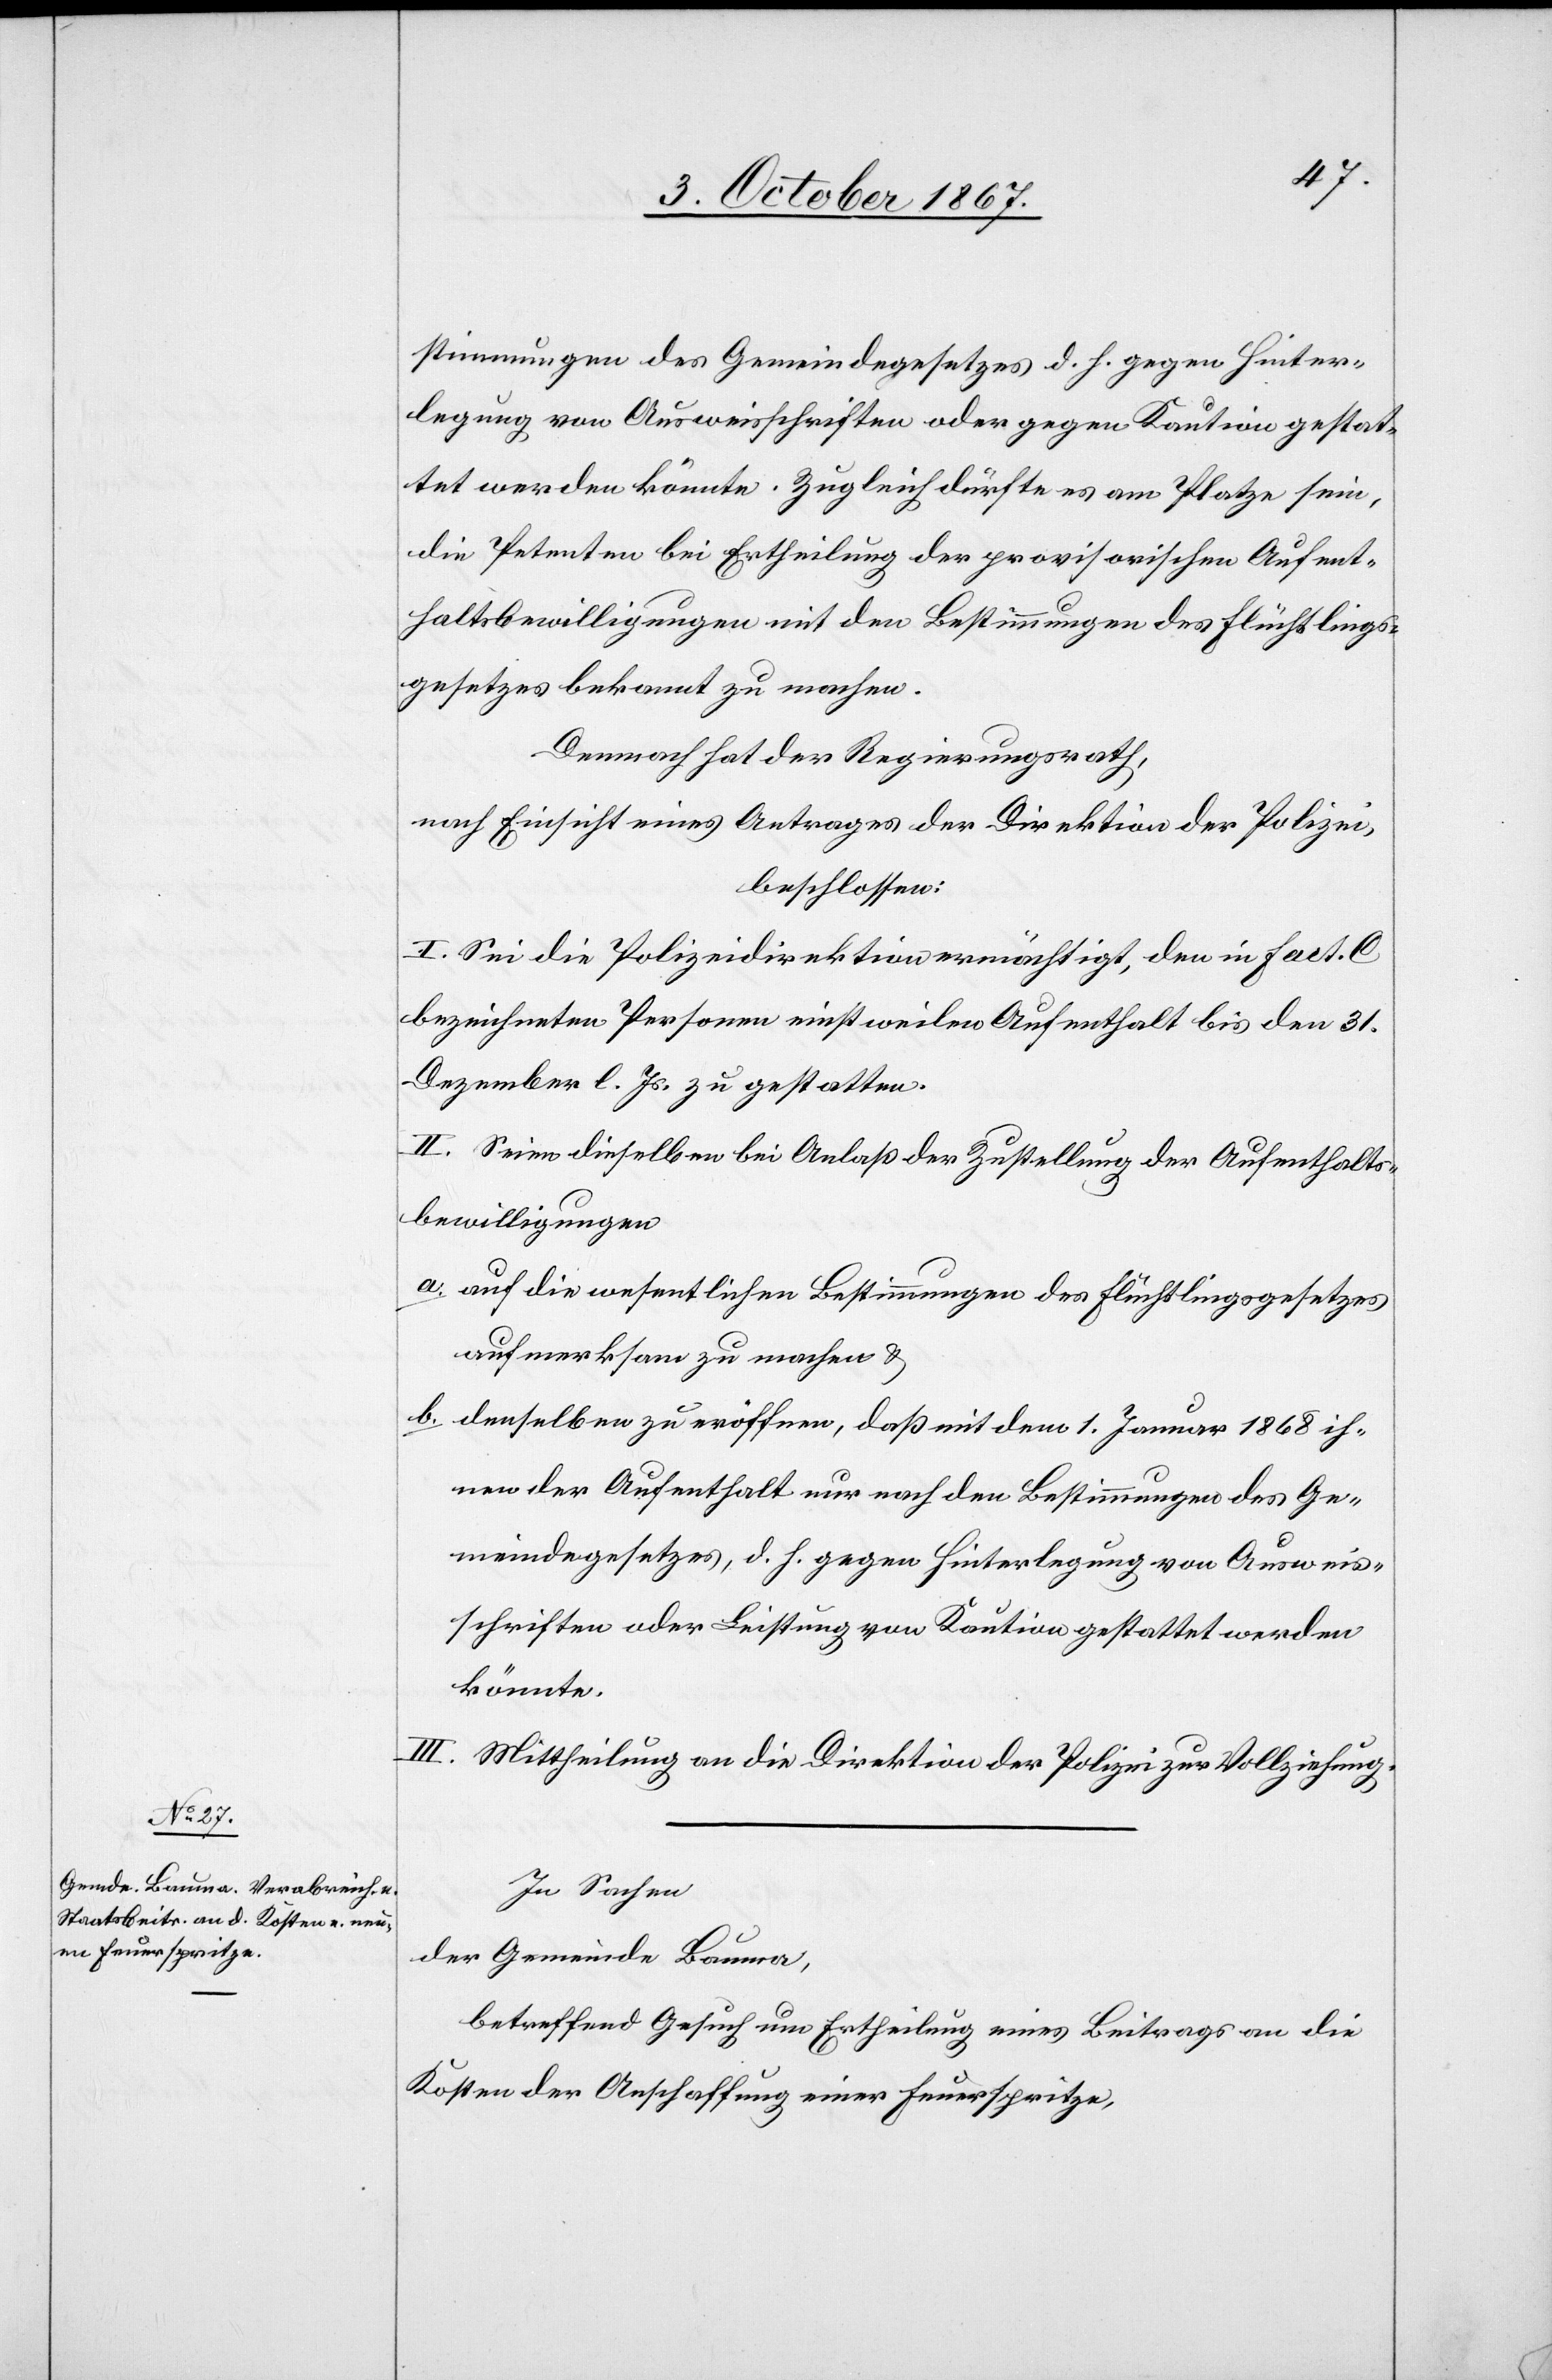
stimmungen des Gemeindegesetzes d. h. gegen Hinter¬
legung von Ausweisschriften oder gegen Kaution gestat¬
tet werden könnte. Zugleich dürfte es am Platze sein,
die Petenten bei Ertheilung der provisorischen Aufent¬
haltsbewilligungen mit den Bestimmungen des Flüchtlings¬
gesetzes bekannt zu machen.
Demnach hat der Regierungsrath,
nach Einsicht eines Antrages der Direktion der Polizei,
beschlossen:
I. Sei die Polizeidirektion ermächtigt, den in Fact. C
bezeichneten Personen einstweilen Aufenthalt bis den 31.
Dezember l. Js. zu gestatten.
II. Seien dieselben bei Anlaß der Zustellung der Aufenthalts¬
bewilligungen
a. auf die wesentlichen Bestimmungen des Flüchtlingsgesetzes
aufmerksam zu machen u.
b. denselben zu eröffnen, daß mit dem 1. Januar 1868 ih¬
nen der Aufenthalt nur nach den Bestimmungen des Ge¬
meindesgesetzes, d. h. gegen Hinterlegung von Ausweis¬
schriften oder Leistung von Kaution gestattet werden
könnte.
III. Mittheilung an die Direktion der Polizei zur Vollziehung.
In Sachen
der Gemeinde Bauma,
betreffend Gesuch um Ertheilung eines Beitrages an die
Kosten der Anschaffung einer Feuerspritze,